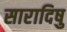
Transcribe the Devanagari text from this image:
सारादिषु